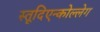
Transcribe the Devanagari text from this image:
स्तूदिएन्कोल्लेग